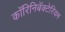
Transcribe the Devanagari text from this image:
कॉरिनिबॅक्टेरियम